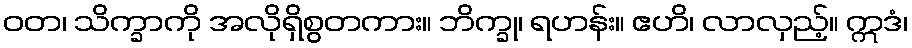
ဝတ၊ သိက္ခာကို အလိုရှိစွတကား။ ဘိက္ခု၊ ရဟန်း။ ဧဟိ၊ လာလှည့်။ ဣဒံ၊